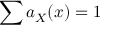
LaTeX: \sum a _ { X } ( x ) = 1 \,